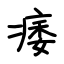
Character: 痿